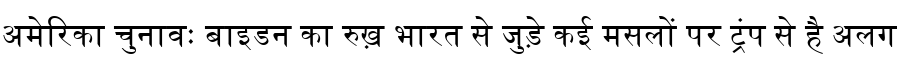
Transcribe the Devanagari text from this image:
अमेरिका चुनावः बाइडन का रुख़ भारत से जुड़े कई मसलों पर ट्रंप से है अलग